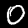
Label: 0